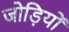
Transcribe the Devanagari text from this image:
जोड़ियों